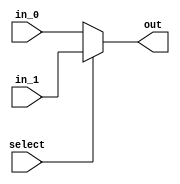
`timescale 1ns/1ns

module mux_2(in_0, in_1, select, out);
	input [31:0] in_0, in_1;
	input select;
	output [31:0] out;

	assign out = select ? in_1 : in_0;
endmodule